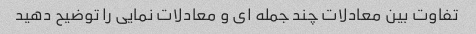
تفاوت بین معادلات چند جمله ای و معادلات نمایی را توضیح دهید